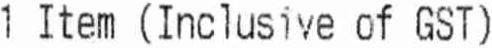
1 ITEM (INCLUSIVE OF GST)